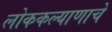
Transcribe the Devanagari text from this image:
लोककल्याणाचे